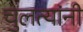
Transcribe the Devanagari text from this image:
चुलत्यांनी